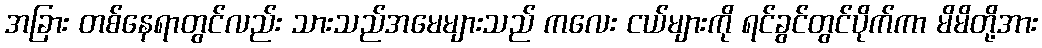
အခြား တစ်နေရာတွင်လည်း သားသည်အမေများသည် ကလေး ငယ်များကို ရင်ခွင်တွင်ပိုက်ကာ မိမိတို့အား